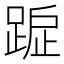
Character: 𨂇